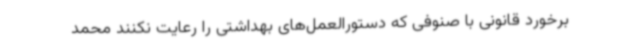
برخورد قانونی با صنوفی که دستورالعمل‌های بهداشتی را رعایت نکنند محمد